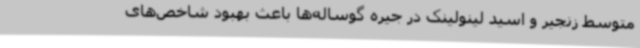
متوسط زنجیر و اسید لینولینک در جیره گوساله‌ها باعث بهبود شاخص‌های